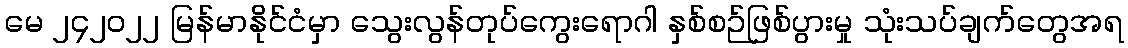
မေ ၂၄၂၀၂၂ မြန်မာနိုင်ငံမှာ သွေးလွန်တုပ်ကွေးရောဂါ နှစ်စဉ်ဖြစ်ပွားမှု သုံးသပ်ချက်တွေအရ